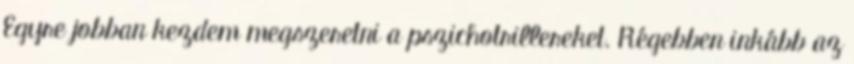
Egyre jobban kezdem megszeretni a pszichotrillereket. Régebben inkább az